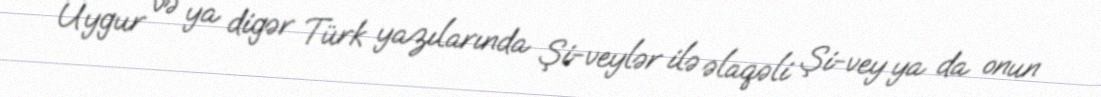
Uygur və ya digər Türk yazılarında Şi-veylər ilə əlaqəli Şi-vey ya da onun